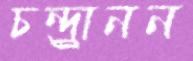
চন্দ্র্রানন